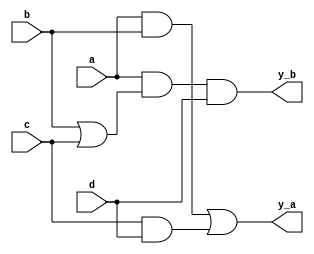
module gate4(
    input a,b,c,d,
    output y_a,y_b
    );
    
    assign y_a = (a&b)|(c&d);
    assign y_b = a&(b|c)&d;
    
endmodule